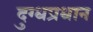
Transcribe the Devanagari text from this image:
दुग्धप्रधान